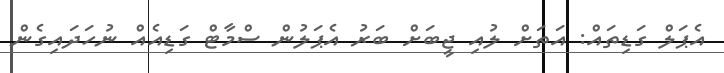
އެޕަލް ގަޑިތައް: އަތަށް ލުއި ޖީބަށް ބަރު އެޕަލުން ސްމާޓް ގަޑިއެއް ނުހަދައިގެން